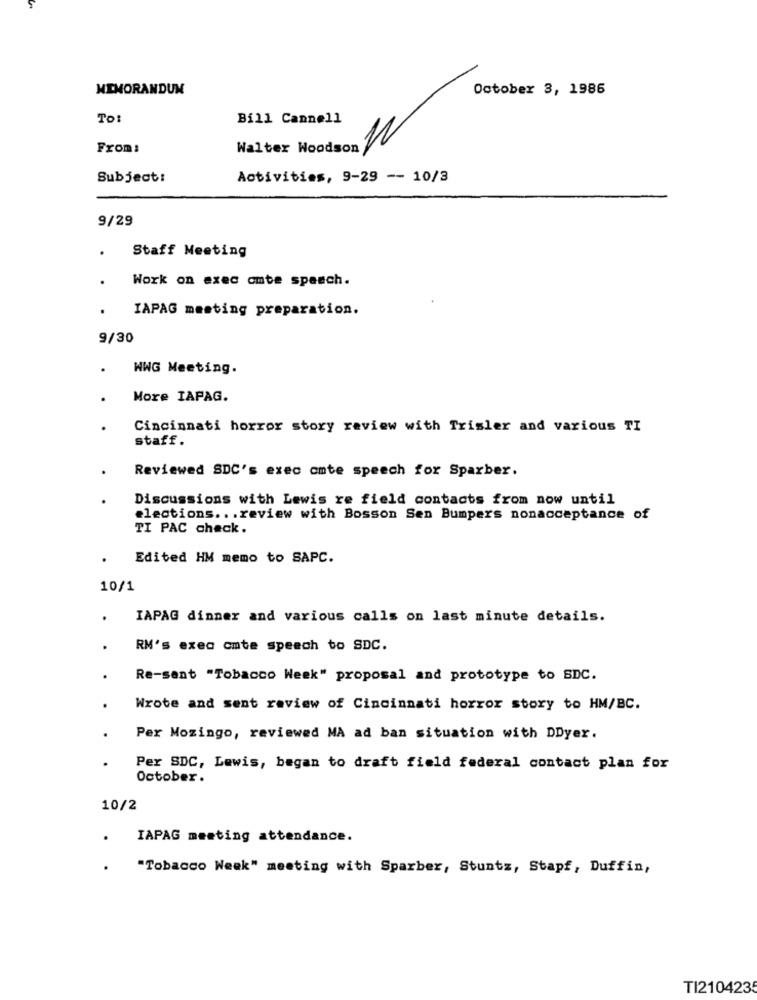
MEMORANDUM
October 3, 1986
To:
Bill Cannell
Walter Woodson 12
From:
Subject:
Activities, 9-29 -- 10/3
9/29
.
Staff Meeting
Work on exec omte speech.
.
IAPAG meeting preparation.
9/30
.
WWG Meeting.
More IAPAG.
Cincinnati horror story review with Trisler and various TI
staff.
Reviewed SDC's exec omte speech for Sparber.
Discussions with Lewis re field contacts from now until
elections ... review with Bosson Sen Bumpers nonacceptance of
TI PAC check.
Edited HM memo to SAPC.
10/1
IAPAG dinner and various calls on last minute details.
RM's exec cmte speech to SDC.
Re-sant "Tobacco Week" proposal and prototype to SDC.
Wrote and sent review of Cincinnati horror story to HM/BC.
Per Mozingo, reviewed MA ad ban situation with DDyer.
Per SDC, Lewis, began to draft field federal contact plan for
October.
10/2
IAPAG meeting attendance.
"Tobacco Week" meeting with Sparber, Stuntz, Stapf, Duffin,
TI2104235